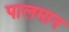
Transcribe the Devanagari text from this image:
पालमान